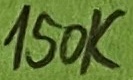
Text: 150K